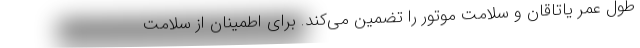
طول عمر یاتاقان و سلامت موتور را تضمین می‌کند. برای اطمینان از سلامت